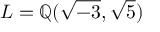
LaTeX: L = \mathbb { Q } ( { \sqrt { - 3 } } , { \sqrt { 5 } } )